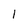
Character: 1